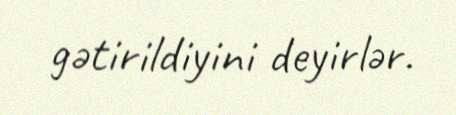
gətirildiyini deyirlər.